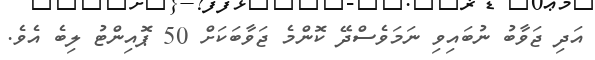
އަދި ޖަވާބު ނުބައިވި ނަމަވެސްދޭ ކޮންމެ ޖަވާބަކަށް 50 ޕޮއިންޓު ލިބެ އެވެ.